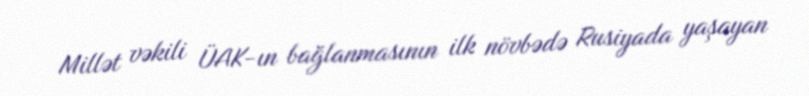
Millət vəkili ÜAK-ın bağlanmasının ilk növbədə Rusiyada yaşayan